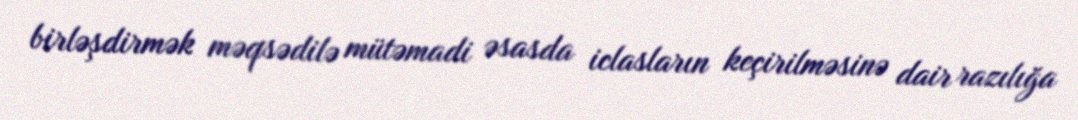
birləşdirmək məqsədilə mütəmadi əsasda iclasların keçirilməsinə dair razılığa